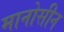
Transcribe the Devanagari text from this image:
मानोसीन